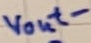
Text: vout-